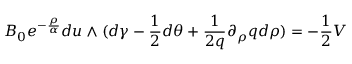
B _ { 0 } e ^ { - { \frac { \rho } { \alpha } } } d u \wedge ( d \gamma - { \frac { 1 } { 2 } } d \theta + { \frac { 1 } { 2 q } } \partial _ { \rho } q d \rho ) = - { \frac { 1 } { 2 } } V